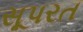
સૂપરત